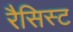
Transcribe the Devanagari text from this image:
रैसिस्ट